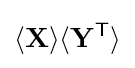
\langle \mathbf {X} \rangle \langle \mathbf {Y} ^{\mathsf {T}}\rangle